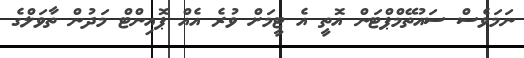
ނަމަވެސް ސައުތޭމްޕްޓަން އޮތީ އެ ޓީމަށް ވުރެ އެއް ޕޮއިންޓް މަދުން ތާވަލްގެ